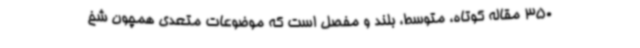
350 مقاله کوتاه، متوسط، بلند و مفصل است که موضوعات متعدی همچون شخ